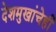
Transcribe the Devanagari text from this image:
देशमुखांचेही